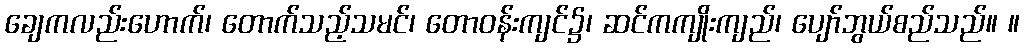
ချေကလည်းဟောက်၊ တောက်သည့်သမင်၊ တောဝန်းကျင်၌၊ ဆင်ကကျိုးကျည်၊ ပျော်ဘွယ်စည်သည်။ ။